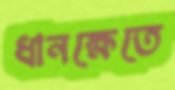
ধানক্ষেতে